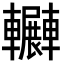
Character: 𨏲